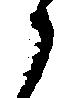
ら